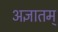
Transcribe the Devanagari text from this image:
अज्ञातम्‌